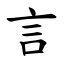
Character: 言